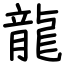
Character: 龍